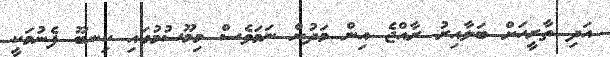
އަދި ތާރީހަށް ބަލާއިރު ރާއްޖެ އިން މަދުން ނަމަވެސް މިމޫސުމުގައި ކިނބޫ ފެނުމަކީ